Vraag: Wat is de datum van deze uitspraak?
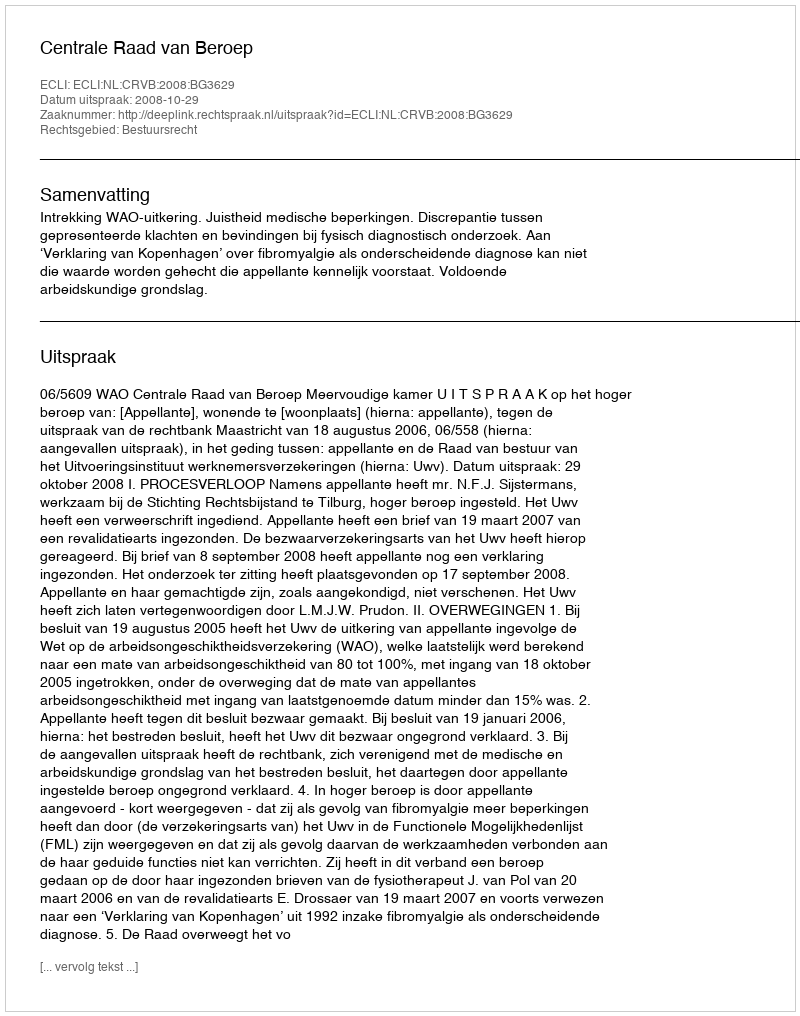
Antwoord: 2008-10-29